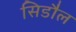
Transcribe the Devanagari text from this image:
सिडौल